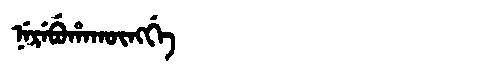
Manchu: ᠨᡝᡵᡝᠪᡠᡥᠠᡴᡡᠩᡤᡝ
Romanization: NEREBUHAKŪNGGE